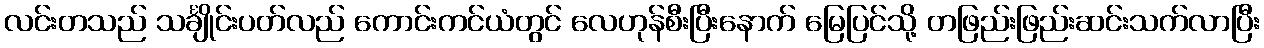
လင်းတသည် သင်္ချိုင်းပတ်လည် ကောင်းကင်ယံတွင် လေဟုန်စီးပြီးနောက် မြေပြင်သို့ တဖြည်းဖြည်းဆင်းသက်လာပြီး